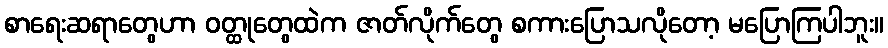
စာရေးဆရာတွေဟာ ဝတ္ထုတွေထဲက ဇာတ်လိုက်တွေ စကားပြောသလိုတော့ မပြောကြပါဘူး။